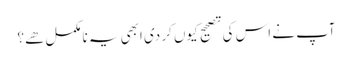
آپ نے اس کی تصحیح کیوں کر دی ابھی یہ نامکمل هے؟